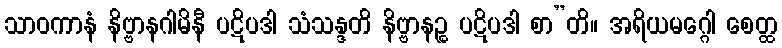
သာဝကာနံ နိဗ္ဗာနဂါမိနီ ပဋိပဒါ သံသန္ဒတိ နိဗ္ဗာနဉ္စ ပဋိပဒါ စာ”တိ။ အရိယမဂ္ဂေါ စေတ္ထ